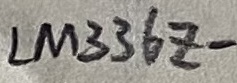
Text: LM336Z-